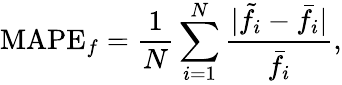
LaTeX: \mathrm{MAPE}_{f}=\frac{1}{N}\sum_{i=1}^{N}\frac{|\tilde{f}_{i}-\bar{f}_{i}|}{\bar{f}_{i}},